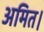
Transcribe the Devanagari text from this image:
अमित।